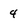
Character: 4